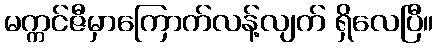
မက္ကင်ဇီမှာကြောက်လန့်လျက် ရှိလေပြီ။